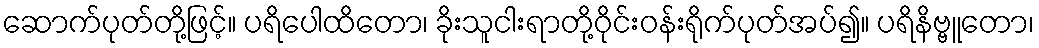
ဆောက်ပုတ်တို့ဖြင့်။ ပရိပေါထိတော၊ ခိုးသူငါးရာတို့ဝိုင်းဝန်းရိုက်ပုတ်အပ်၍။ ပရိနိဗ္ဗူတော၊